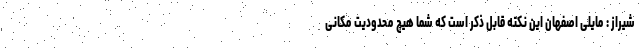
شیراز : مایلی اصفهان این نکته قابل ذکر است که شما هیچ محدودیت مکانی